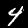
Label: 4